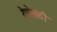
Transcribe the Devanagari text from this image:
देणेसाठी